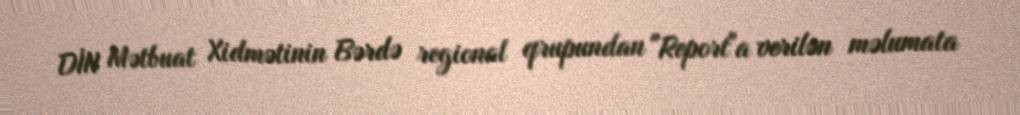
DİN Mətbuat Xidmətinin Bərdə regional qrupundan "Report"a verilən məlumata